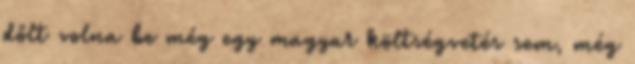
dőlt volna be még egy magyar költségvetés sem, még